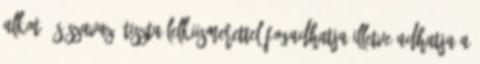
alkotó és szavazó tiszta lelkiismerettel fogadhatja illetve adhatja a